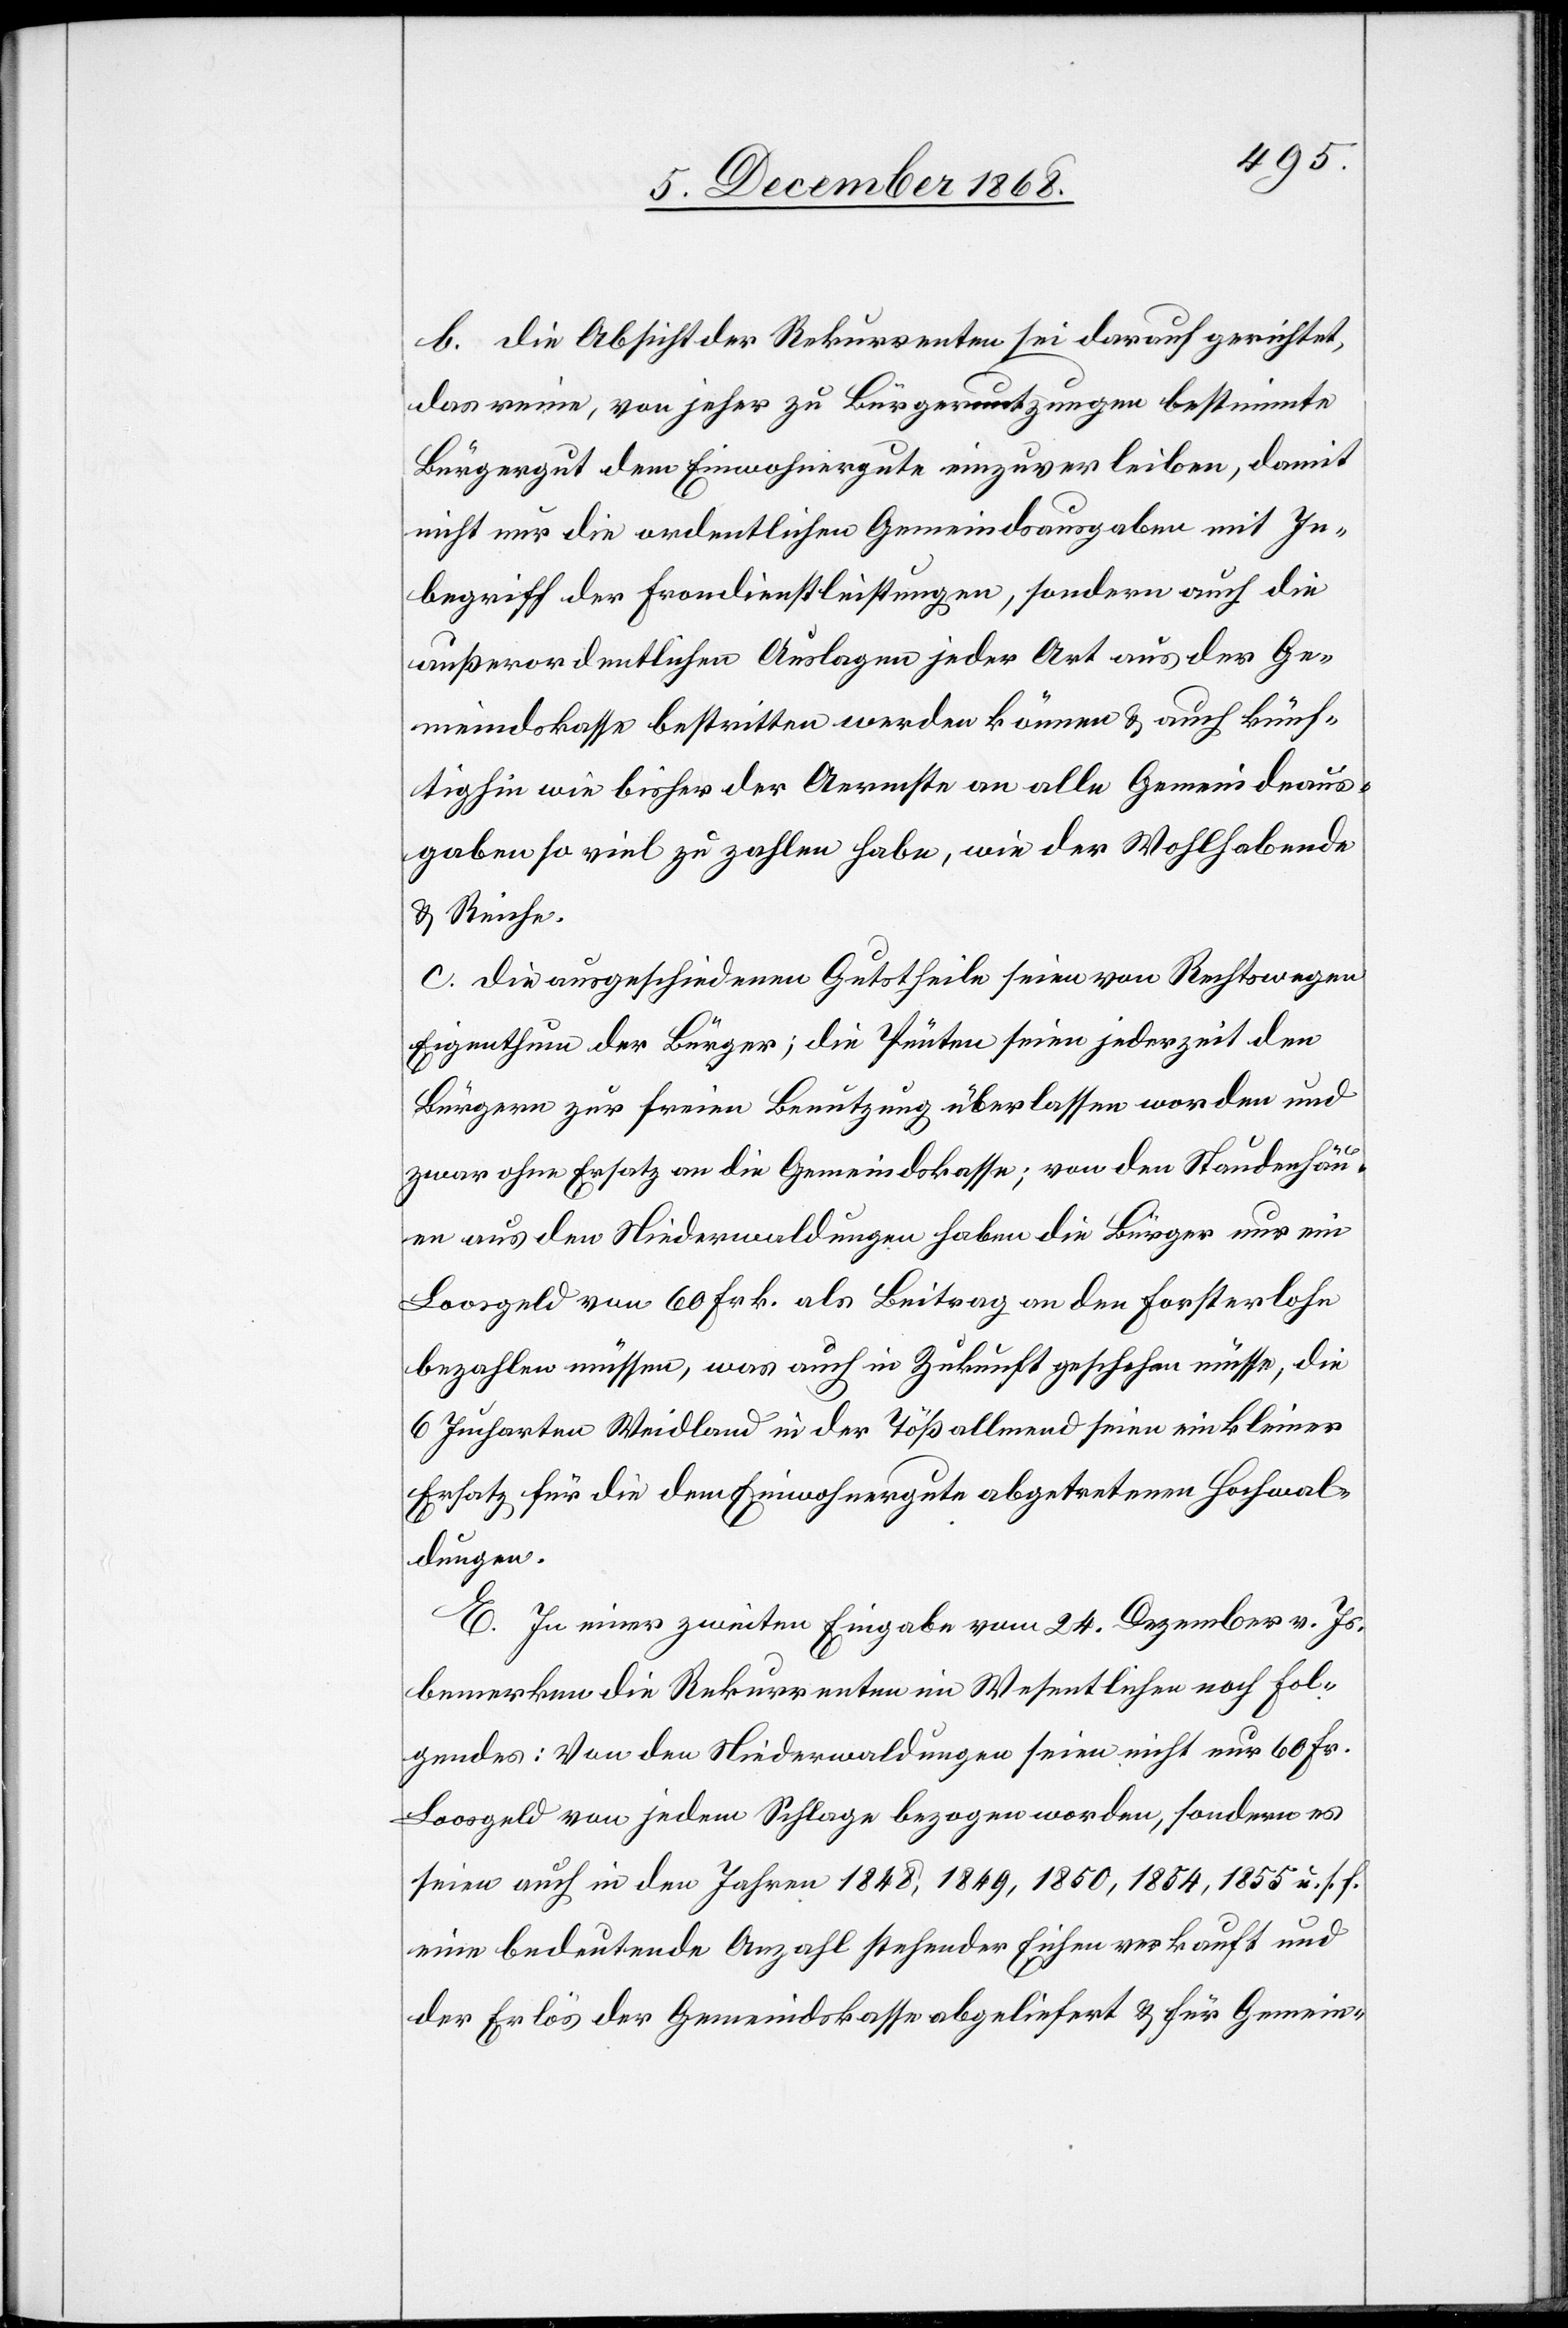
b. Die Absicht der Rekurrenten sei darauf gerichtet,
das reine, von jeher zu Bürgernutzungen bestimmte
Bürgergut dem Einwohnergute einzuverleiben, damit
nicht nur die ordentlichen Gemeindsausgaben mit In¬
begriff der Frondienstleistungen, sondern auch die
außerordentlichen Auslagen jeder Art aus der Ge¬
meindskasse bestritten werden können & auch künf¬
tighin wie bisher der Aermste an alle Gemeindeaus¬
gaben so viel zu zahlen habe, wie der Wohlhabende
& Reiche.
c. Die ausgeschiedenen Gutstheile seien von Rechtswegen
Eigenthum der Bürger; die Pünten seien jederzeit den
Bürgern zur freien Benutzung überlassen worden und
zwar ohne Ersatz an die Gemeindskasse; von den Staudenhäu¬
en aus den Niederwaldungen haben die Bürger nur ein
Loosgeld von 60 Frk. als Beitrag an den Forsterlohn
bezahlen müssen, was auch in Zukunft geschehen müsse, die
6 Jucharten Weidland in der Tößallmend seien ein kleiner
Ersatz für die dem Einwohnergute abgetretenen Hochwal¬
dungen.
E. In einer zweiten Eingabe vom 24. Dezember v. Js.
bemerken die Rekurrenten im Wesentlichen noch Fol¬
gendes: Von den Niederwaldungen seien nicht nur 60 Fr.
Loosgeld von jedem Schlage bezogen worden, sondern es
seien auch in den Jahren 1848, 1849, 1850, 1854, 1855 u. s. f.
eine bedeutende Anzahl stehender Eichen verkauft und
der Erlös der Gemeindskasse abgeliefert & für Gemein-